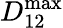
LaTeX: D_{12}^{\mathrm{max}}